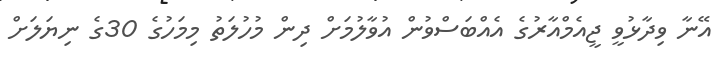
އޭނާ ވިދާޅުވީ ޖީއެމްއާރުގެ އެއްބަސްވުން އުވާލުމަށް ދިން މުހުލަތު މިމަހުގެ 30ގެ ނިޔަލަށް